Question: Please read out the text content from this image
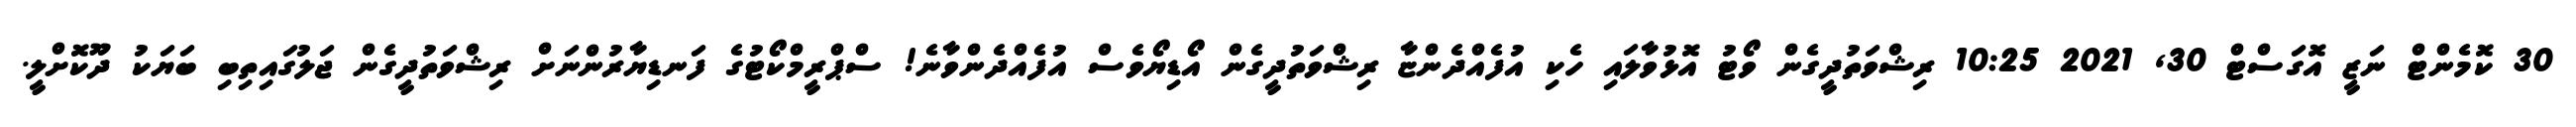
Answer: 30 ކޮމެންޓް ނަޒީ އޮގަސްޓް 30, 2021 10:25 ރިޝްވަތުދީގެން ވޯޓު އޮޅުވާލައި ހެކި އުފެއްދެންޏާ ރިޝްވަތުދީގެން އޯޑިޔޯވެސް އުފެއްދެންވާނެ! ސްޕްރީމްކޯޓުގެ ފަނޑިޔާރުންނަށް ރިޝްވަތުދީގެން ޖަލުގައިތިބި ބަޔަކު ދޫކޮށްލީ.